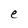
Character: e